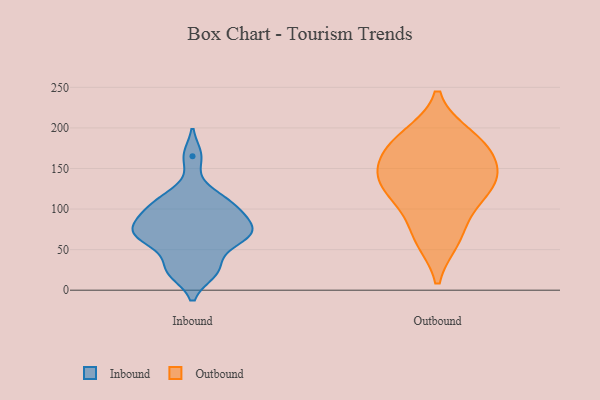
{"axis": {"x": "Waste Production (Tons)", "y": "Value"}, "legend": ["Inbound", "Outbound"], "data": [{"x": "", "y": 22, "type": "Inbound"}, {"x": "", "y": 79, "type": "Inbound"}, {"x": "", "y": 112, "type": "Inbound"}, {"x": "", "y": 66, "type": "Inbound"}, {"x": "", "y": 96, "type": "Inbound"}, {"x": "", "y": 93, "type": "Inbound"}, {"x": "", "y": 70, "type": "Inbound"}, {"x": "", "y": 67, "type": "Inbound"}, {"x": "", "y": 59, "type": "Inbound"}, {"x": "", "y": 98, "type": "Inbound"}, {"x": "", "y": 72, "type": "Inbound"}, {"x": "", "y": 35, "type": "Inbound"}, {"x": "", "y": 119, "type": "Inbound"}, {"x": "", "y": 21, "type": "Inbound"}, {"x": "", "y": 165, "type": "Inbound"}, {"x": "", "y": 105, "type": "Outbound"}, {"x": "", "y": 139, "type": "Outbound"}, {"x": "", "y": 186, "type": "Outbound"}, {"x": "", "y": 190, "type": "Outbound"}, {"x": "", "y": 177, "type": "Outbound"}, {"x": "", "y": 66, "type": "Outbound"}, {"x": "", "y": 139, "type": "Outbound"}, {"x": "", "y": 147, "type": "Outbound"}, {"x": "", "y": 116, "type": "Outbound"}, {"x": "", "y": 63, "type": "Outbound"}, {"x": "", "y": 168, "type": "Outbound"}, {"x": "", "y": 131, "type": "Outbound"}]}